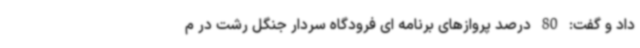
داد و گفت: 80 درصد پروازهای برنامه ای فرودگاه سردار جنگل رشت در م